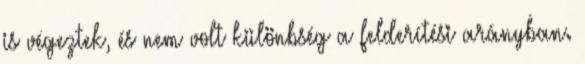
is végeztek, és nem volt különbség a felderítési arányban.